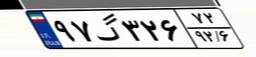
۹۷گ۳۲۶۷۲